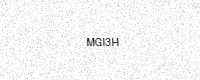
Text: MGI3H